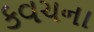
કવચના